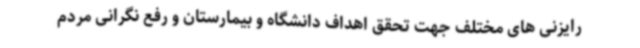
رایزنی های مختلف جهت تحقق اهداف دانشگاه و بیمارستان و رفع نگرانی مردم